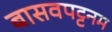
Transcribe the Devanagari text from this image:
बासवपट्टनम